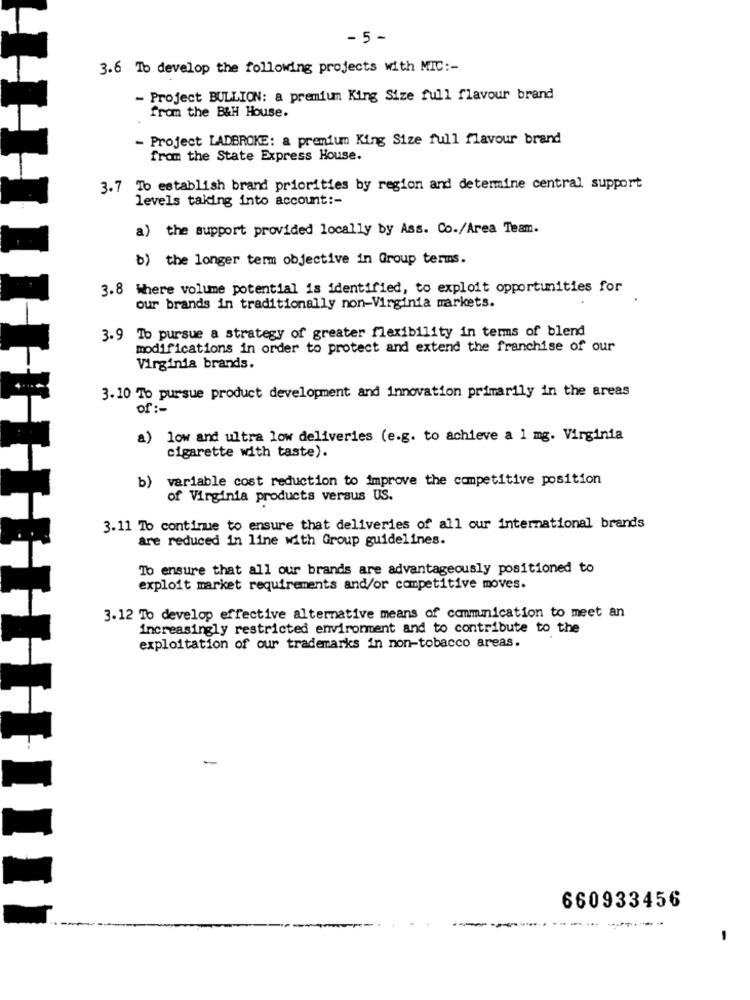
- 5-
3.6 To develop the following projects with MIC :-
- Project BULLION: a premium King Size full flavour brand
from the B&H House.
- Project LADBROKE: a premium King Size full flavour brand
from the State Express House.
3.7 To establish brand priorities by region and determine central support
levels taking into account :-
a) the support provided locally by Ass. Co./Area Team.
b) the longer term objective in Group terms.
3.8 Where volume potential is identified, to exploit opportunities for
our brands in traditionally non-Virginia markets.
3.9 To pursue a strategy of greater flexibility in terms of blend
modifications in order to protect and extend the franchise of our
Virginia brands.
3.10 To pursue product development and innovation primarily in the areas
of :-
a) low and ultra low deliveries (e.g. to achieve a 1 mg. Virginia
cigarette with taste).
b)
variable cost reduction to improve the competitive position
of Virginia products versus US.
3.11 To continue to ensure that deliveries of all our international brands
are reduced in line with Group guidelines.
To ensure that all our brands are advantageously positioned to
exploit market requirements and/or competitive moves.
3.12 To develop effective alternative means of communication to meet an
increasingly restricted environment and to contribute to the
exploitation of our trademarks in non-tobacco areas.
660933456
...
-